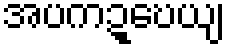
အပကဍ္ဎေယျ